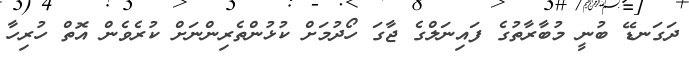
ދަގަނޑޭ ބުނީ މުބާރާތުގެ ފައިނަލްގެ ޖާގަ ހޯދުމަށް ކުޅުންތެރިންނަށް ކުރެވެން އޮތް ހުރިހާ